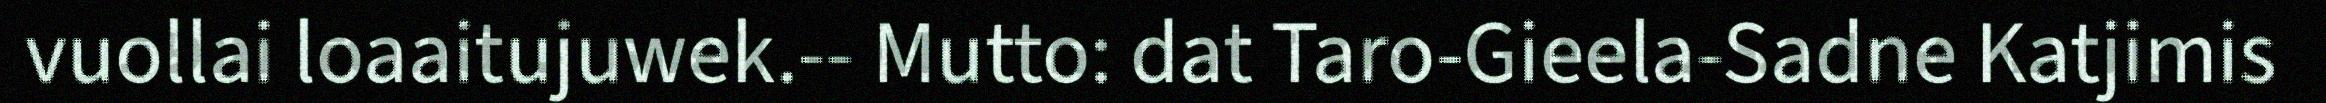
vuollai loaaitujuwek.-- Mutto: dat Taro-Gieela-Sadne Katjimis